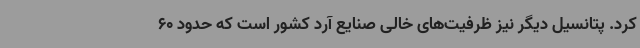
کرد. پتانسیل دیگر نیز ظرفیت‌های خالی صنایع آرد کشور است که حدود 60